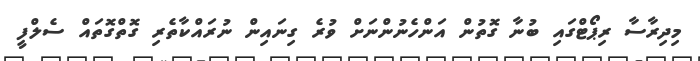
މިދިރާސާ ރިޕޯޓްގައި ބުނާ ގޮތުން އަންހެނުންނަށް ވުރެ ގިނައިން ނުރައްކާތެރި ގޮތްގޮތައް ސެލްފީ